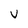
Character: V